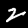
Digit: 2